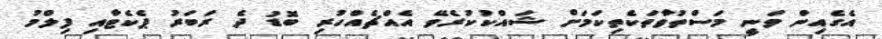
އެގެއިން ވަނީ މަސްތުވާތަކެތިކަމަށް ޝައްކުކުރެވޭ އެއްޗެއްހުރި ބޮޑު ދެ ރަބަރު ޕެކެޓާއި ފިލްމު